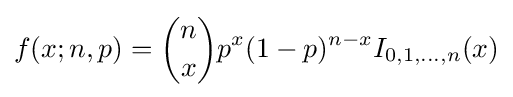
f(x;n,p)={\binom {n}{x}}p^{x}(1-p)^{n-x}I_{0,1,\ldots ,n}(x)